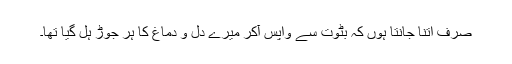
صرف اتنا جانتا ہوں کہ بٹوت سے واپس آکر میرے دل و دماغ کا ہر جوڑ ہل گیا تھا۔